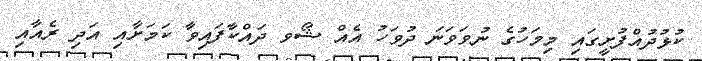
ކުޅުދުއްފުށީގައި މިމަހުގެ ނުވަވަނަ ދުވަހު އެއް ޝޯވ ދައްކާފައިވާ ކަމަށާއި އަދި ރެއާއި